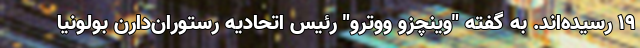
19 رسیده‌اند. به گفته "وینچزو ووترو" رئیس اتحادیه رستوران‌دارن بولونیا